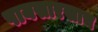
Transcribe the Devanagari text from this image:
पायसारखाच